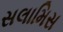
સલામિસ